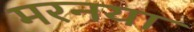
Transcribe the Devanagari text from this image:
मरनया